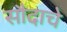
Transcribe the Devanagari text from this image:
सौदाचे